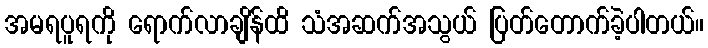
အမရပူရကို ရောက်လာချိန်ထိ သံအဆက်အသွယ် ပြတ်တောက်ခဲ့ပါတယ်။